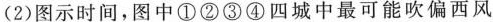
(2)图示时间，图中①②③④四城中最可能吹偏西风